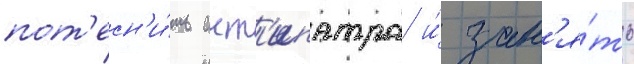
пот'есн'и́ть ант'ипатра и́ зан'я́ть